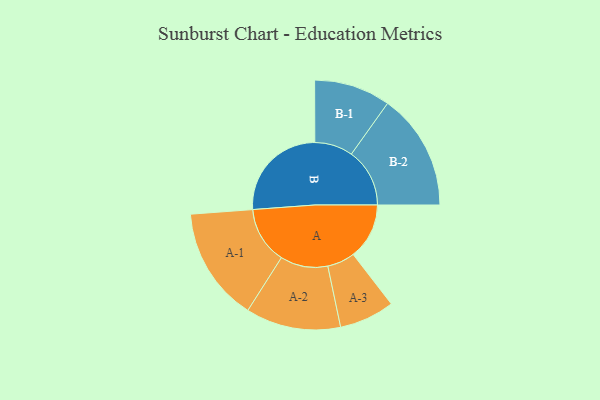
{"axis": {"x": "Segment", "y": "Value"}, "legend": ["", "A", "B"], "data": [{"x": "A", "y": 217, "type": ""}, {"x": "B", "y": 390, "type": ""}, {"x": "A-1", "y": 221, "type": "A"}, {"x": "A-2", "y": 184, "type": "A"}, {"x": "A-3", "y": 107, "type": "A"}, {"x": "B-1", "y": 148, "type": "B"}, {"x": "B-2", "y": 226, "type": "B"}]}